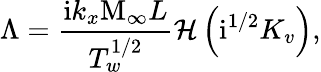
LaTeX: \Lambda=\frac{\mathrm{i}k_{x}\mathrm{M}_{\infty}L}{T_{w}^{1/2}}\mathcal{H}\left(\mathrm{i}^{1/2}K_{v}\right),